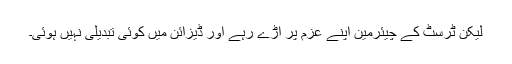
لیکن ٹرسٹ کے چیئرمین اپنے عزم پر اڑے رہے اور ڈیزائن میں کوئی تبدیلی نہیں ہوئی۔